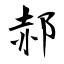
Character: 郝